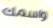
واسمك